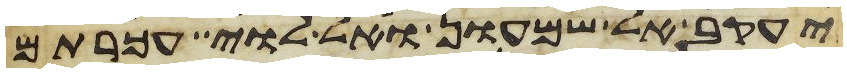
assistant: יעקב אל שמעון ואל לוי עכרתם